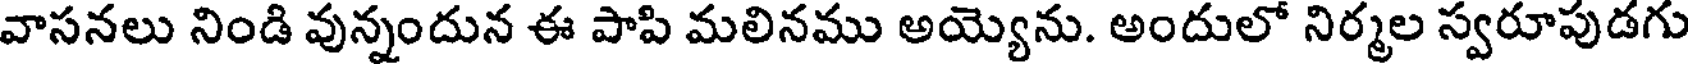
వాసనలు నిండి వున్నందున ఈ పాపి మలినము అయ్యెను. అందులో నిర్మల స్వరూపుడగు